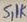
Text: 5,1K